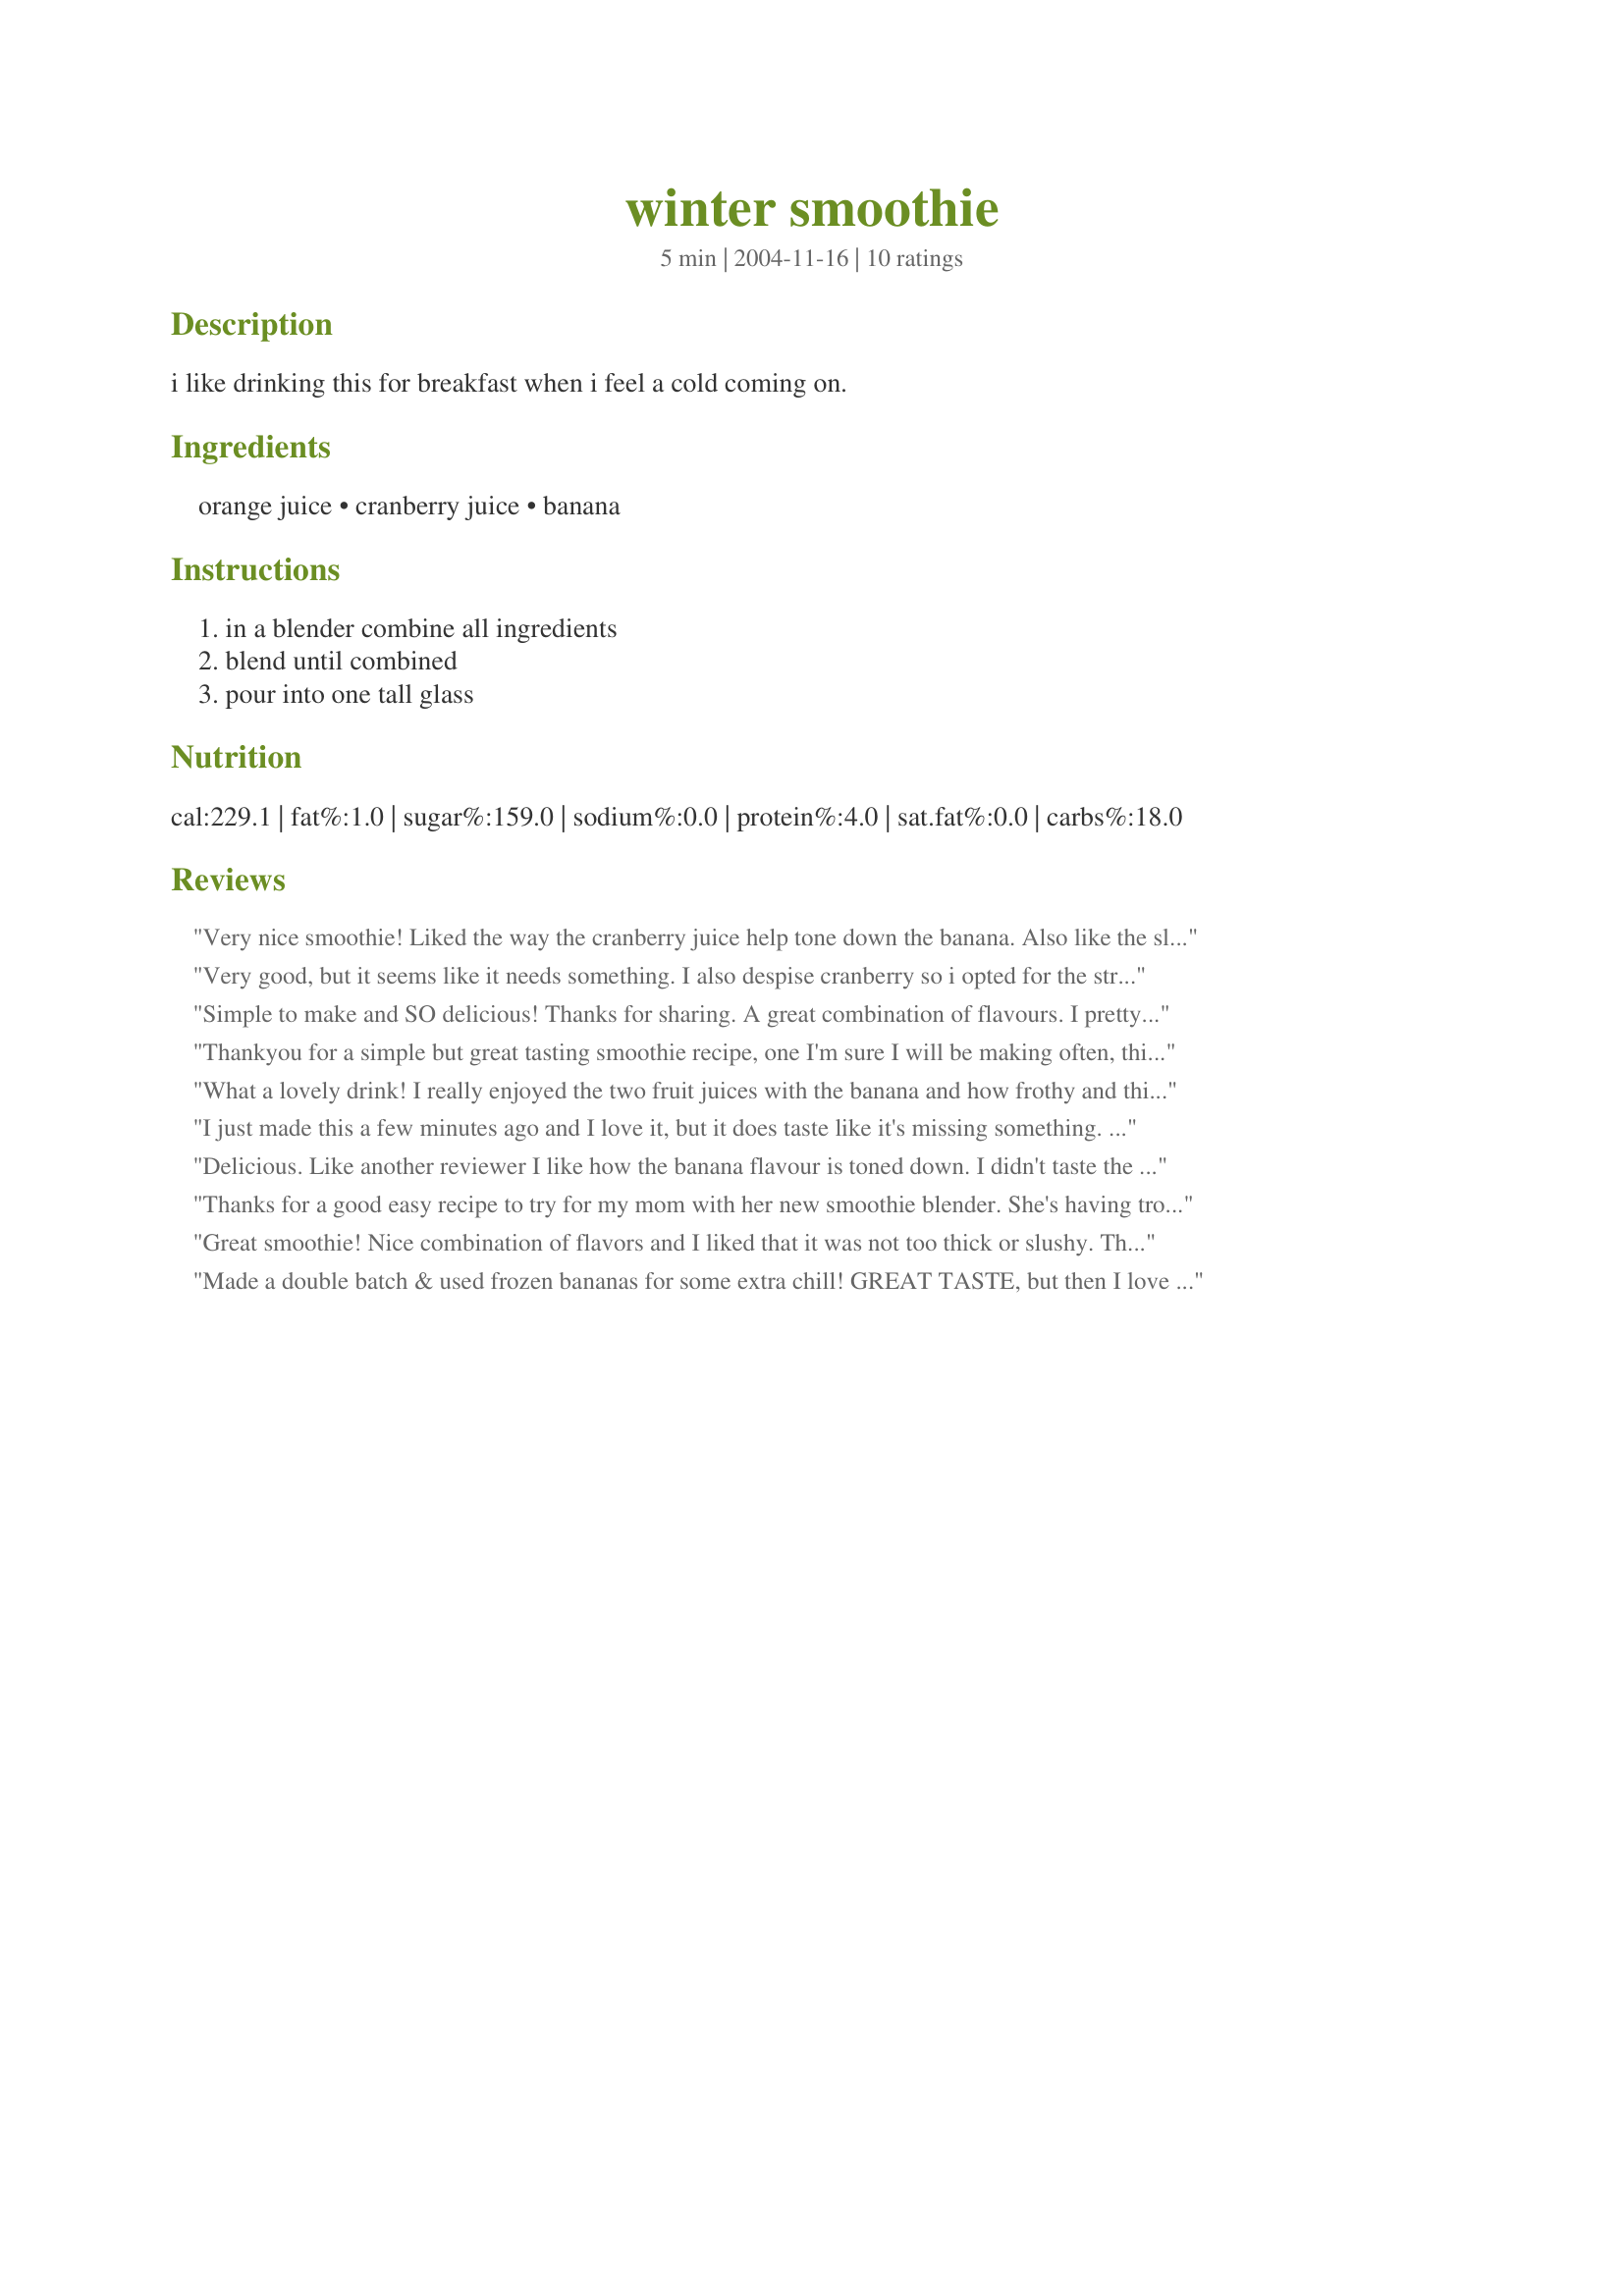
winter smoothie
Preparation time: 5 minutes

i like drinking this for breakfast when i feel a cold coming on.

Ingredients:
orange juice, cranberry juice, banana

Steps:
in a blender combine all ingredients, blend until combined, pour into one tall glass

Reviews:
Very nice smoothie! Liked the way the cranberry juice help tone down the banana. Also like the slight holiday flavor this smoothie had. Made as written using frozen banana. Thanks so much for the post.
Very good, but it seems like it needs something. I also despise cranberry so i opted for the strawberry juice instead. I added a little vanilla yogurt and blended again. Lovely! Thanks, I will be making again!
Simple to make and SO delicious! Thanks for sharing. A great combination of flavours. I pretty well always have those ingredients on hand so I’ll be making this often.
Thankyou for a simple but great tasting smoothie recipe, one I'm sure I will be making often, this was delish!
What a lovely drink! I really enjoyed the two fruit juices with the banana and how frothy and thick this became. My banana was frozen, so the smoothie was extra thick, which I enjoyed a lot.<br/>Thank you so much for sharing this wonderful vitamin-filled recipe with us, ellie! :)<br/>Made and reviewed for Think Pink October 2012.
I just made this a few minutes ago and I love it, but it does taste like it's missing something. It's really easy to make, too. I used Cranberry Raspberry juice instead of just cranberry, and it made it sweeter, I think. But I do really like it, and can't wait to make it again. :)
Delicious. Like another reviewer I like how the banana flavour is toned down. I didn't taste the cranberry juice although I would have liked to. I used Allen's orange juice which is not very sweet and a organic cranberry cocktail without corn (glucose). I may make this again using freshly squeezed orange juice.
Thanks for a good easy recipe to try for my mom with her new smoothie blender. She's having trouble eating while undergoing chemo, so we thought we'd try some smoothies. When the blender came today, I had all of these things on hand so I tried it out. I enjoyed it and was glad the banana was frozen to give it some thickness. I'm hoping my mom likes it too!
Great smoothie! Nice combination of flavors and I liked that it was not too thick or slushy. Thanks for sharing the recipe!
Made a double batch & used frozen bananas for some extra chill! GREAT TASTE, but then I love cranberries! Will be making this one again! [Tagged, made & reviewed in Healthy Choices ABC cooking game]
